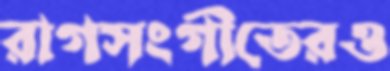
রাগসংগীতেরও